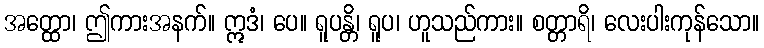
အတ္ထော၊ ဤကားအနက်။ ဣဒံ၊ ပေ။ ရူပန္တိ၊ ရူပ၊ ဟူသည်ကား။ စတ္တာရိ၊ လေးပါးကုန်သော။